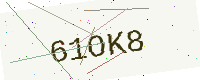
Text: 61OK8